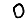
Digit: 0